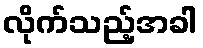
လိုက်သည့်အခါ